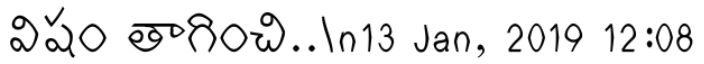
విషం తాగించి..\n13 Jan, 2019 12:08